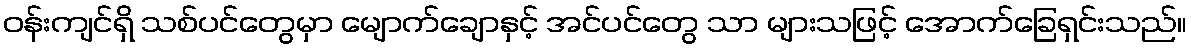
ဝန်းကျင်ရှိ သစ်ပင်တွေမှာ မျောက်ချောနှင့် အင်ပင်တွေ သာ များသဖြင့် အောက်ခြေရှင်းသည်။